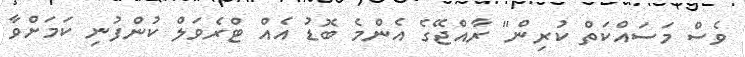
ވެސް މަސައްކަތް ކުރިން" ރާއްޖޭގެ އެންމެ ބޮޑު އެއް ޓްރެވަލް ކުންފުނި ކަމަށްވާ